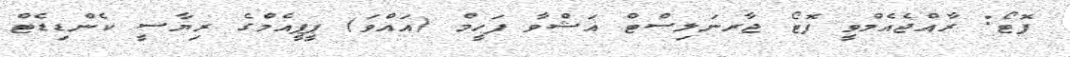
ފޮޓޯ: ރާއްޖެއެމްވީ ފޮޓޯ ޖާރނަލިސްޓް އަޝްވާ ފަހީމް (އައްވަ) ޕީޕީއެމްގެ ރިޔާސީ ކެންޑިޑެޓް